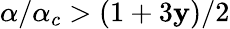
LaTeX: \alpha/\alpha_{c}>(1+3\mathbf{y})/2